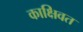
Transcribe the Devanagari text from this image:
काक्षिवत